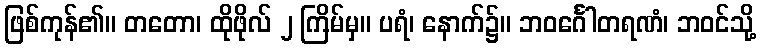
ဖြစ်ကုန်၏။ တတော၊ ထိုဖိုလ် ၂ ကြိမ်မှ။ ပရံ၊ နောက်၌။ ဘဝင်္ဂေါတရဏံ၊ ဘဝင်သို့